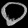
Digit: ၀